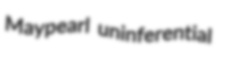
Maypearl uninferential